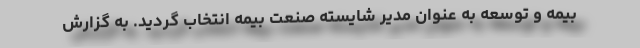
بیمه و توسعه به عنوان مدیر شایسته صنعت بیمه انتخاب گردید. به گزارش